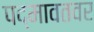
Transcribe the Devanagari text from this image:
पद्मावतवर